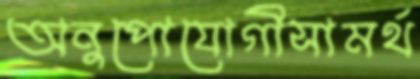
অনুপোযোগীসামর্থ